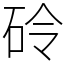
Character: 砱